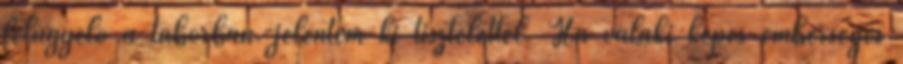
felügyelő a táborban.-jelentem ki tisztelettel. Ha valaki képes emberséges